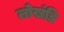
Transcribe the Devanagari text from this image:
लोखंडि